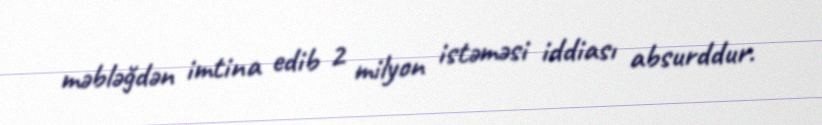
məbləğdən imtina edib 2 milyon istəməsi iddiası absurddur.